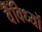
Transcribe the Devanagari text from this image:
वैविध्यों